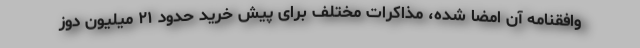
وافقنامه آن امضا شده، مذاکرات مختلف برای پیش خرید حدود ۲۱ میلیون دوز